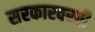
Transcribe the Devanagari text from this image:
सरकारवरची